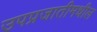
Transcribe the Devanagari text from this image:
उपप्रजातीमधील